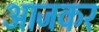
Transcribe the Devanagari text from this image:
आजकर